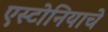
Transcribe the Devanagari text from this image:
एस्टोनियाचे